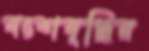
বংশবৃদ্ধির